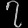
Digit: ၇